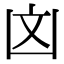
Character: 㓙